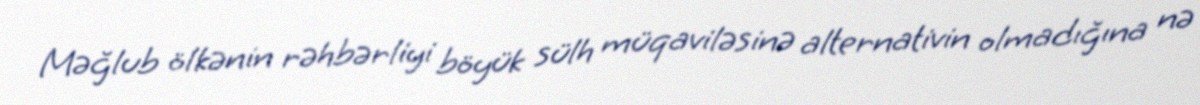
Məğlub ölkənin rəhbərliyi böyük sülh müqaviləsinə alternativin olmadığına nə